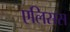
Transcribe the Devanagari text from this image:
एलिसस